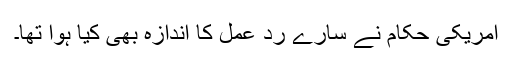
امریکی حکام نے سارے رد عمل کا اندازہ بھی کیا ہوا تھا۔